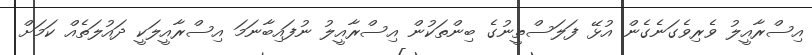
އިސްރާއީލު ވެރިވެގަނެގެން އުޅޭ ފަލަސްތީނުގެ ބިންތަކުން އިސްރާއީލު ނުފައިބާނަމަ އިސްރާއީލަކީ ދައުލަތެއް ކަމަށް